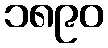
၁၈၉၀